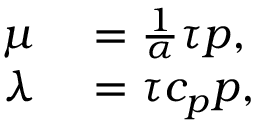
\begin{array} { r l } { \mu } & { { } = \frac { 1 } { \alpha } \tau p , } \\ { \lambda } & { { } = \tau c _ { p } p , } \end{array}